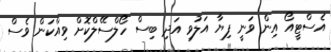
އެސްޓީއޯ އިން ވަނީ ފިޔާ އަލުވި އަދި ބިސް ހޯލްސޭލްކޮށް ވިއްކަން ވެސް